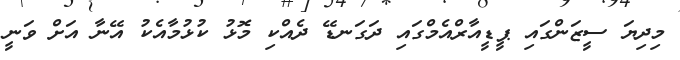
މިދިޔަ ސީޒަންގައި ޕީޑީއާރްއެމްގައި ދަގަނޑޭ ދެއްްްކި މޮޅު ކުޅުމާއެކު އޭނާ އަށް ވަނީ